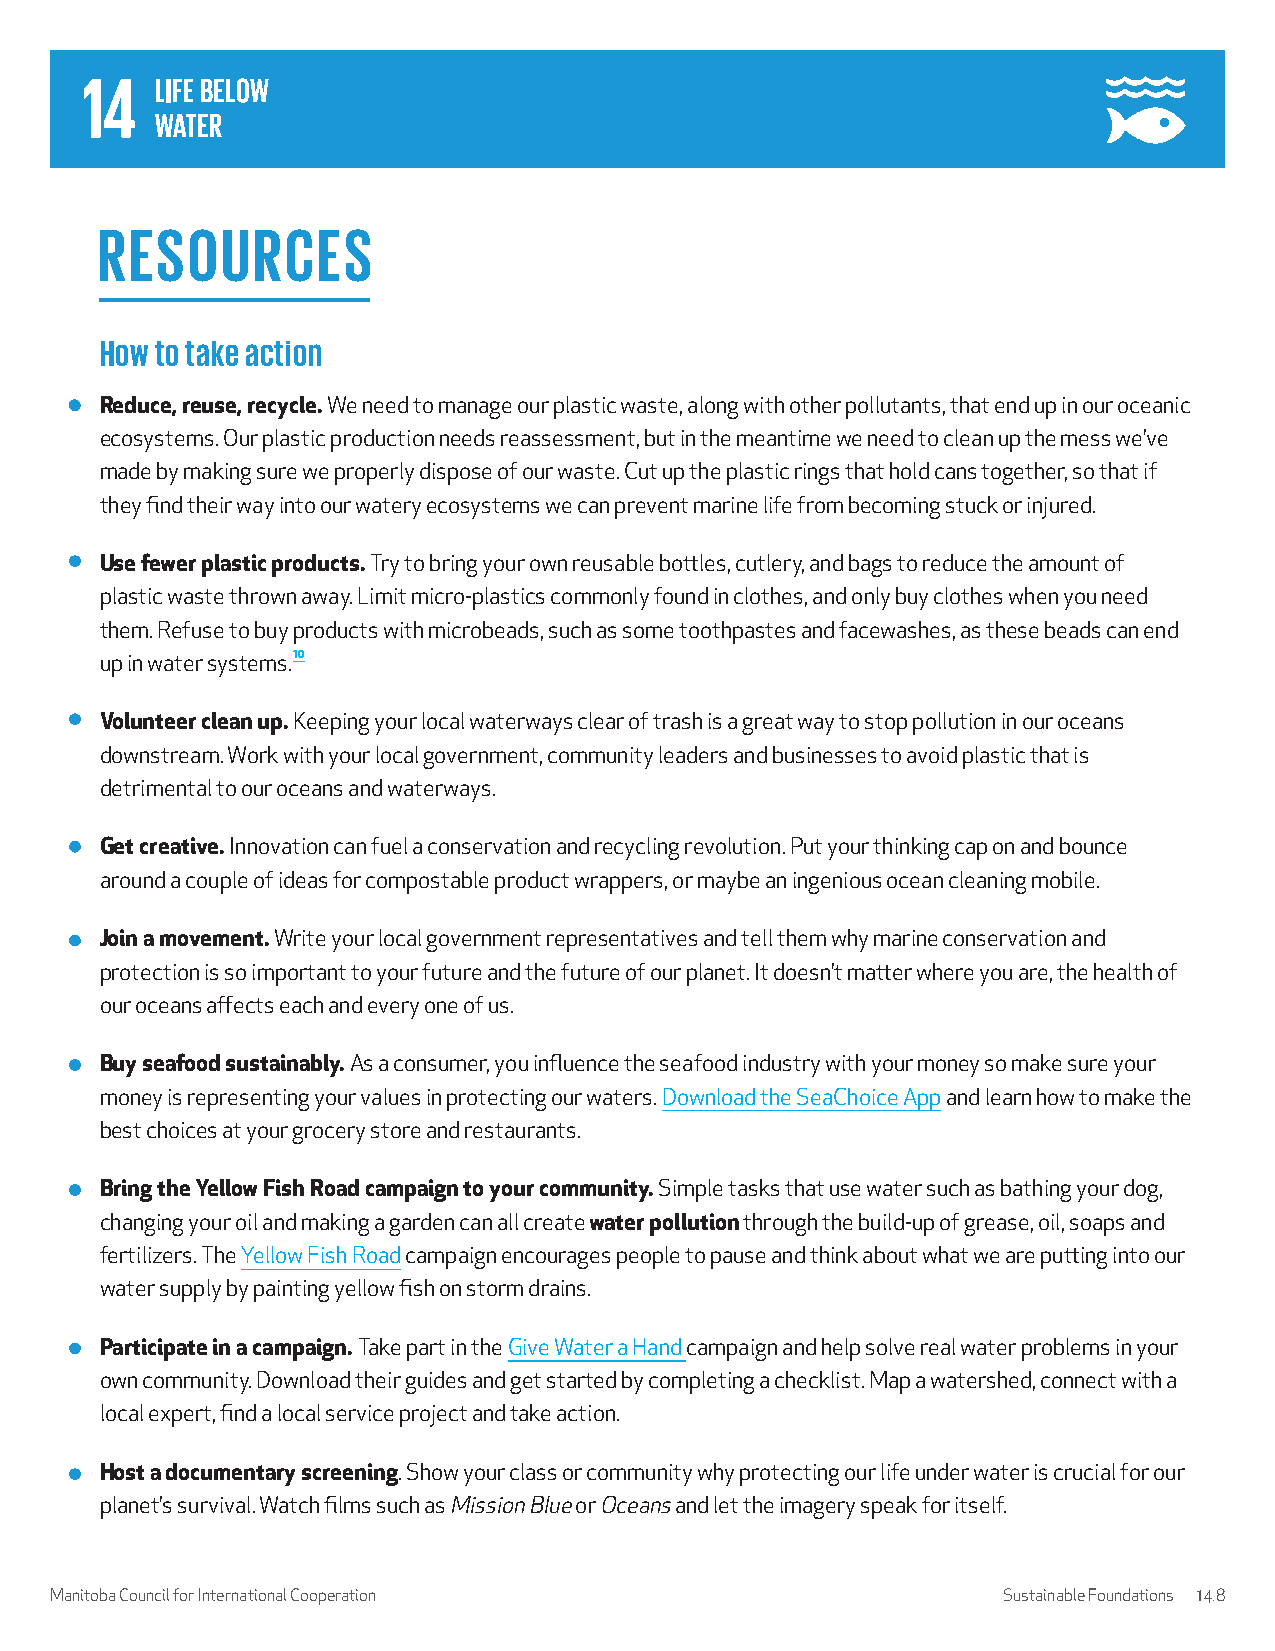
RESOURCES
 How to take action
 Reduce, reuse, recycle. We need to manage our plastic waste, along with other pollutants, that end up in our oceanic
 ecosystems. Our plastic production needs reassessment, but in the meantime we need to clean up the mess we’ve
 made by making sure we properly dispose of our waste. Cut up the plastic rings that hold cans together, so that if
 they find their way into our watery ecosystems we can prevent marine life from becoming stuck or injured.
 Use fewer plastic products. Try to bring your own reusable bottles, cutlery, and bags to reduce the amount of
 plastic waste thrown away. Limit micro-plastics commonly found in clothes, and only buy clothes when you need
 them. Refuse to buy products with microbeads, such as some toothpastes and facewashes, as these beads can end
 up in water systems.10
 Volunteer clean up. Keeping your local waterways clear of trash is a great way to stop pollution in our oceans
 downstream. Work with your local government, community leaders and businesses to avoid plastic that is
 detrimental to our oceans and waterways.
 Get creative. Innovation can fuel a conservation and recycling revolution. Put your thinking cap on and bounce
 around a couple of ideas for compostable product wrappers, or maybe an ingenious ocean cleaning mobile.
 Join a movement. Write your local government representatives and tell them why marine conservation and
 protection is so important to your future and the future of our planet. It doesn’t matter where you are, the health of
 our oceans affects each and every one of us.
 Buy seafood sustainably. As a consumer, you influence the seafood industry with your money so make sure your
 money is representing your values in protecting our waters. Download the SeaChoice App and learn how to make the
 best choices at your grocery store and restaurants.
 Bring the Yellow Fish Road campaign to your community. Simple tasks that use water such as bathing your dog,
 changing your oil and making a garden can all create water pollution through the build-up of grease, oil, soaps and
 fertilizers. The Yellow Fish Road campaign encourages people to pause and think about what we are putting into our
 water supply by painting yellow fish on storm drains.
 Participate in a campaign. Take part in the Give Water a Hand campaign and help solve real water problems in your
 own community. Download their guides and get started by completing a checklist. Map a watershed, connect with a
 local expert, find a local service project and take action.
 Host a documentary screening. Show your class or community why protecting our life under water is crucial for our
 planet’s survival. Watch films such as Mission Blue or Oceans and let the imagery speak for itself.
 Manitoba Council for International Cooperation                 Sustainable Foundations 14.8